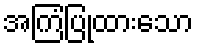
အကြံပြုထားသော